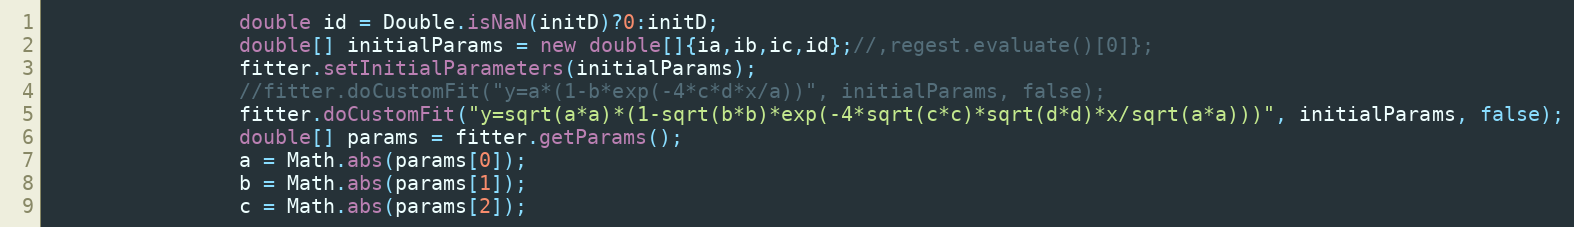
Language: Java
				double id = Double.isNaN(initD)?0:initD;
				double[] initialParams = new double[]{ia,ib,ic,id};//,regest.evaluate()[0]};
				fitter.setInitialParameters(initialParams);
				//fitter.doCustomFit("y=a*(1-b*exp(-4*c*d*x/a))", initialParams, false);
				fitter.doCustomFit("y=sqrt(a*a)*(1-sqrt(b*b)*exp(-4*sqrt(c*c)*sqrt(d*d)*x/sqrt(a*a)))", initialParams, false);
				double[] params = fitter.getParams();
				a = Math.abs(params[0]);
				b = Math.abs(params[1]);
				c = Math.abs(params[2]);